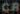
CR